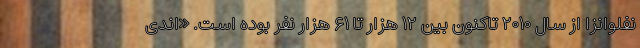
نفلوانزا از سال ۲۰۱۰ تاکنون بین ۱۲ هزار تا ۶۱ هزار نفر بوده است. «اندی